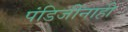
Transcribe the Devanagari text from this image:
पंडिजींनाही